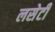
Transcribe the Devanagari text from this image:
लसेटी